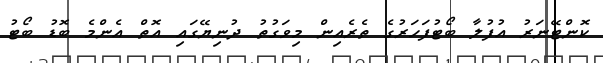
ކޮންޓޭނަރު އުފުލާ ބޯޓުފަހަރުގެ ތެރެއިން މިވަގުތު ދުނިޔޭގައި އޮތް އެންމެ ބޮޑު ބޯޓު